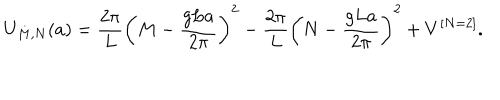
U _ { M , N } ( a ) = { \frac { 2 \pi } { L } } \left( M - { \frac { g L a } { 2 \pi } } \right) ^ { 2 } - { \frac { 2 \pi } { L } } \left( N - { \frac { g L a } { 2 \pi } } \right) ^ { 2 } + V ^ { [ N = 2 ] } .